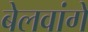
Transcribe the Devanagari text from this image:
बेलवांगे